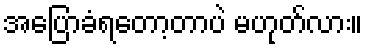
အပြောခံရတော့တာပဲ မဟုတ်လား။